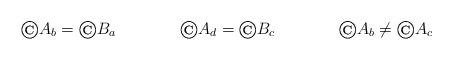
LaTeX: \begin{align*}\copyright A_b & = \copyright B_a & \copyright A_d & = \copyright B_c & \copyright A_b & \neq \copyright A_c\end{align*}